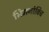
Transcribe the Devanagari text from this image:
सिमनोविच